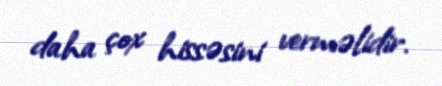
daha çox hissəsini verməlidir.